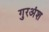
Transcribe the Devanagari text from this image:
गुरअंश